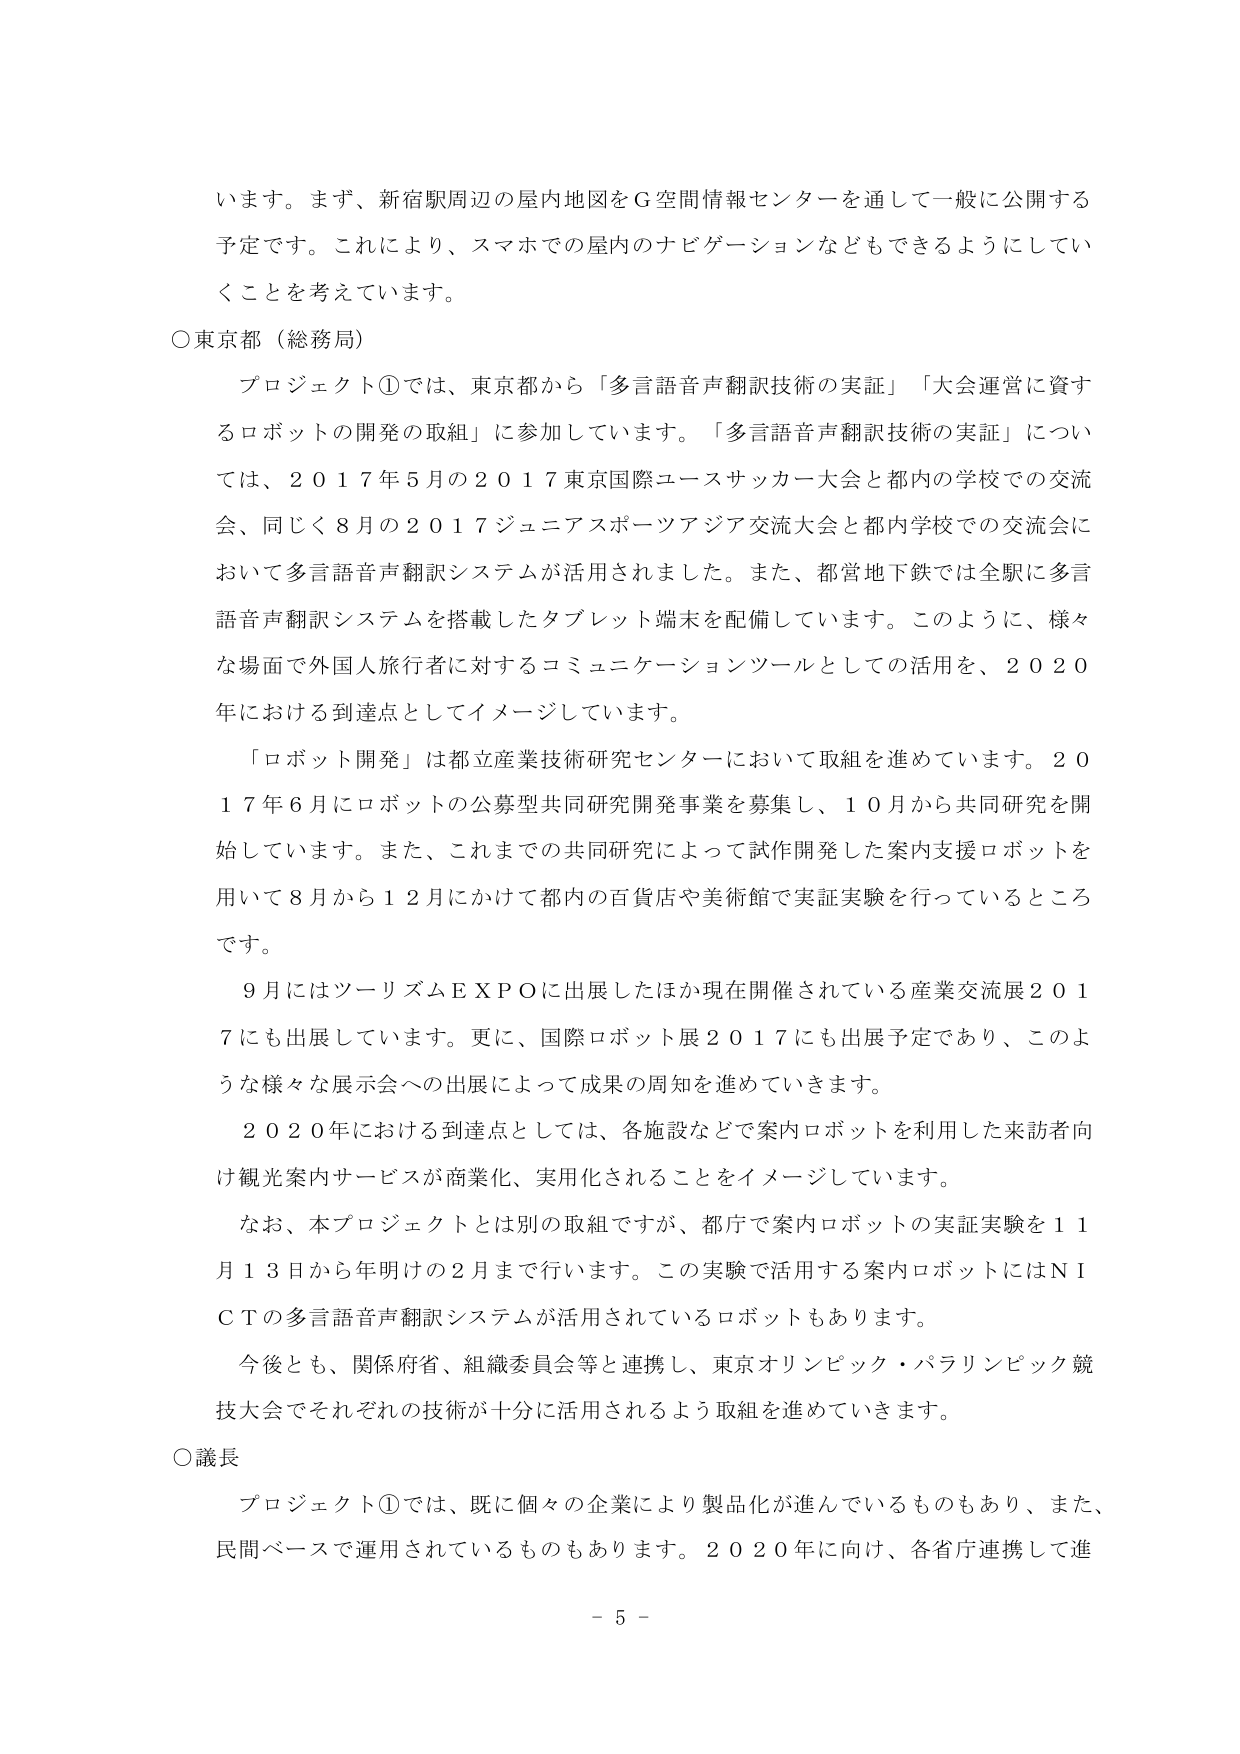
います。まず、新宿駅周辺の屋内地図をＧ空間情報センターを通して一般に公開する予定です。これにより、スマホでの屋内のナビゲーションなどもできるようにしていくことを考えています。

○東京都（総務局）

プロジェクト①では、東京都から「多言語音声翻訳技術の実証」「大会運営に資するロボットの開発の取組」に参加しています。「多言語音声翻訳技術の実証」については、２０１７年５月の２０１７東京国際ユースサッカー大会と都内の学校での交流会、同じく８月の２０１７ジュニアスポーツアジア交流大会と都内学校での交流会において多言語音声翻訳システムが活用されました。また、都営地下鉄では全駅に多言語音声翻訳システムを搭載したタブレット端末を配備しています。このように、様々な場面で外国人旅行者に対するコミュニケーションツールとしての活用を、２０２０年における到達点としてイメージしています。

「ロボット開発」は都立産業技術研究センターにおいて取組を進めています。２０１７年６月にロボットの公募型共同研究開発事業を募集し、１０月から共同研究を開始しています。また、これまでの共同研究によって試作開発した案内支援ロボットを用いて８月から１２月にかけて都内の百貨店や美術館で実証実験を行っているところです。

９月にはツーリズムＥＸＰＯに出展したほか現在開催されている産業交流展２０１７にも出展しています。更に、国際ロボット展２０１７にも出展予定であり、このような様々な展示会への出展によって成果の周知を進めていきます。

２０２０年における到達点としては、各施設などで案内ロボットを利用した来訪者向け観光案内サービスが商業化、実用化されることをイメージしています。

なお、本プロジェクトとは別の取組ですが、都庁で案内ロボットの実証実験を１１月１３日から年明けの２月まで行います。この実験で活用する案内ロボットにはＮＩＣＴの多言語音声翻訳システムが活用されているロボットもあります。

今後とも、関係府省、組織委員会等と連携し、東京オリンピック・パラリンピック競技大会でそれぞれの技術が十分に活用されるよう取組を進めていきます。

○議長

プロジェクト①では、既に個々の企業により製品化が進んでいるものもあり、また、民間ベースで運用されているものもあります。２０２０年に向け、各省庁連携して進

－５－